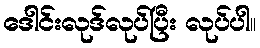
ဒေါင်းလုဒ်လုပ်ပြီး လုပ်ပါ။